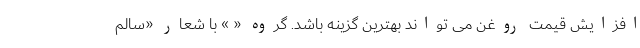
افزایش قیمت روغن می تواند بهترین گزینه باشد. گروه « » با شعار «سالم